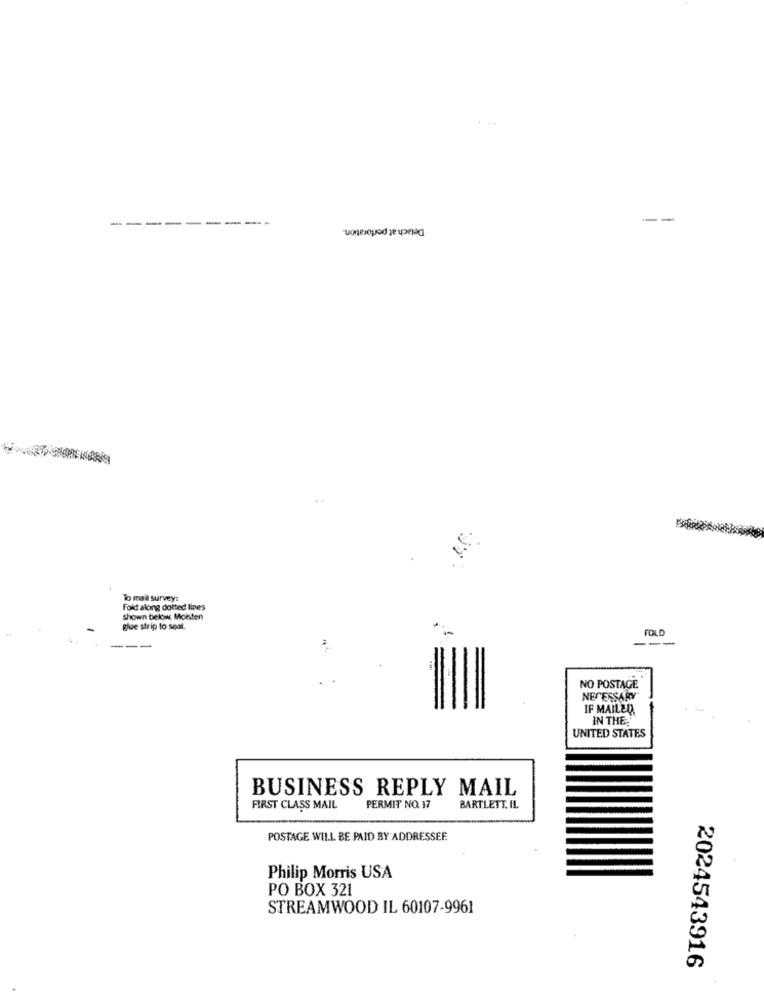
---------
Detach at perforation.
--
To mail survey:
Fold along dotted lines
shown below Moisten
glue strip to seat.
FOLD
---
NO POSTAGE
NECESSARY
IF MAILED,
IN THE.
UNITED STATES
BUSINESS REPLY MAIL
PERMIT NO. 17
FIRST CLASS MAIL
BARTLETT. IL.
POSTAGE WILL BE PAID BY ADDRESSEE.
Philip Morris USA
PO BOX 321
STREAMWOOD IL 60107-9961
2024543916